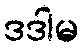
ဒဒါမ